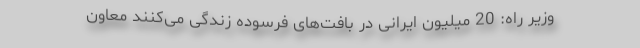
وزیر راه: 20 میلیون ایرانی در بافت‌های فرسوده زندگی می‌کنند معاون